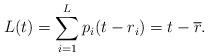
LaTeX: \begin{align*} L(t) = \sum_{i=1}^L p_i(t-r_i) = t - \overline{r}.\end{align*}